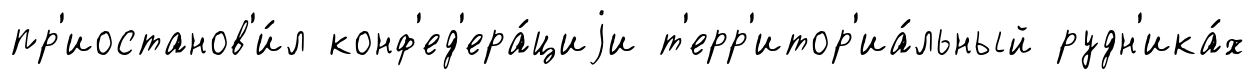
пр'иостанов'и́л конф'ед'ера́циjи т'ерр'итор'иа́льный рудн'ика́х